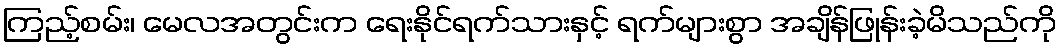
ကြည့်စမ်း၊ မေလအတွင်းက ရေးနိုင်ရက်သားနှင့် ရက်များစွာ အချိန်ဖြုန်းခဲ့မိသည်ကို